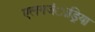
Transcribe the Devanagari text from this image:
एलगजंाड्रिया